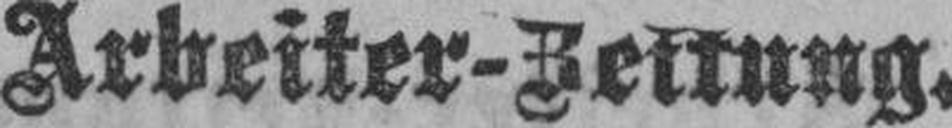
Arbeiter-Zeitung.